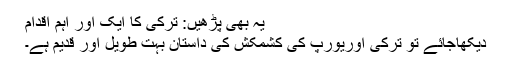
یہ بھی پڑھیں: ترکی کا ایک اور اہم اقدام
دیکھاجائے تو ترکی اوریورپ کی کشمکش کی داستان بہت طویل اور قدیم ہے۔